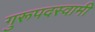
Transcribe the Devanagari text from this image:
गुरूपदस्वामी